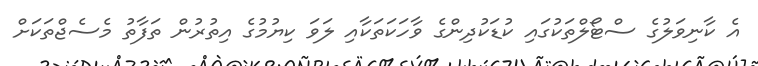
އެ ކާނިވަލުގެ ސްޓޯލްތަކުގައި ކުޑަކުދިންގެ ވާހަކަތަކާއި ލަވަ ކިޔުމުގެ އިތުރުން ތަފާތު މެސެޖްތަކަށް